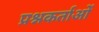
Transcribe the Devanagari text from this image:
प्रश्नकर्ताओं